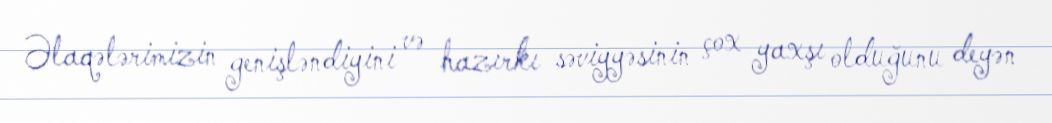
Əlaqələrimizin genişləndiyini və hazırkı səviyyəsinin çox yaxşı olduğunu deyən